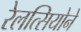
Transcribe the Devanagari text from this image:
रेलत्सियोने